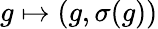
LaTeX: g\mapsto(g,\sigma(g))